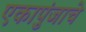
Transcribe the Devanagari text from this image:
एकापुंजाचे